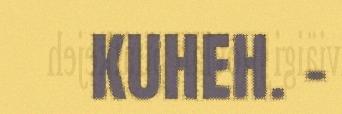
KUHEH. –